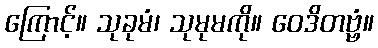
ကြောင့်။ သုခုမံ၊ သုမုမကို။ ဝေဒိတဗ္ဗံ။